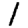
Digit: 1